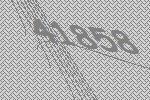
41858